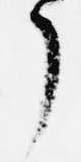
了